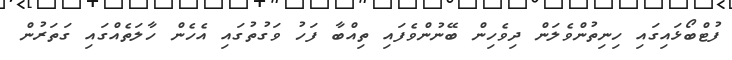
ފުޓްބޯޅައިގައި ހިނިތުންވެލަން ދިވެހިން ބޭނުންވެފައި ތިއްބާ ފަހު ވަގުތުގައި އެހެން ހާލަތެއްގައި ގަތަރުން